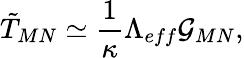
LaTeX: \tilde{T}_{MN}\simeq\frac{1}{\kappa}\Lambda_{eff}\mathcal{G}_{MN},